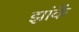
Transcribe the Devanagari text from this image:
झांकें